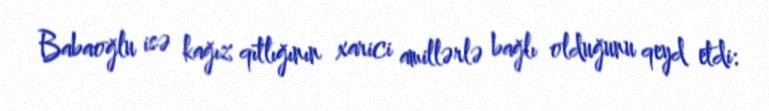
Babaoğlu isə kağız qıtlığının xarici amillərlə bağlı olduğunu qeyd etdi: